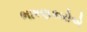
ભાષણકારોએ